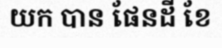
យក បាន ផែនដី ខែ